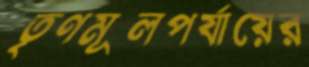
তৃণমূলপর্যায়ের